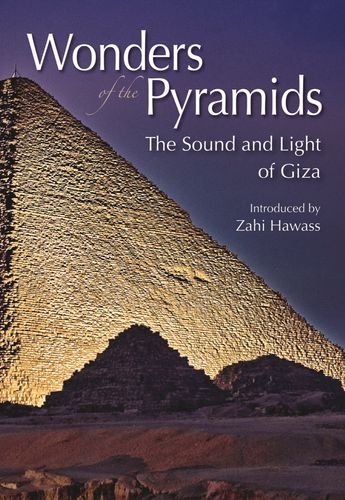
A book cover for Wonders of the Pyramids: The Sound and Light of Giza; Zahi Hawass; Travel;